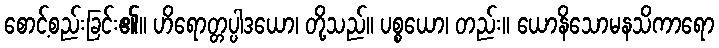
စောင့်စည်းခြင်း၏။ ဟိရောတ္တပ္ပါဒယော၊ တို့သည်။ ပစ္စယော၊ တည်း။ ယောနိသောမနသိကာရော